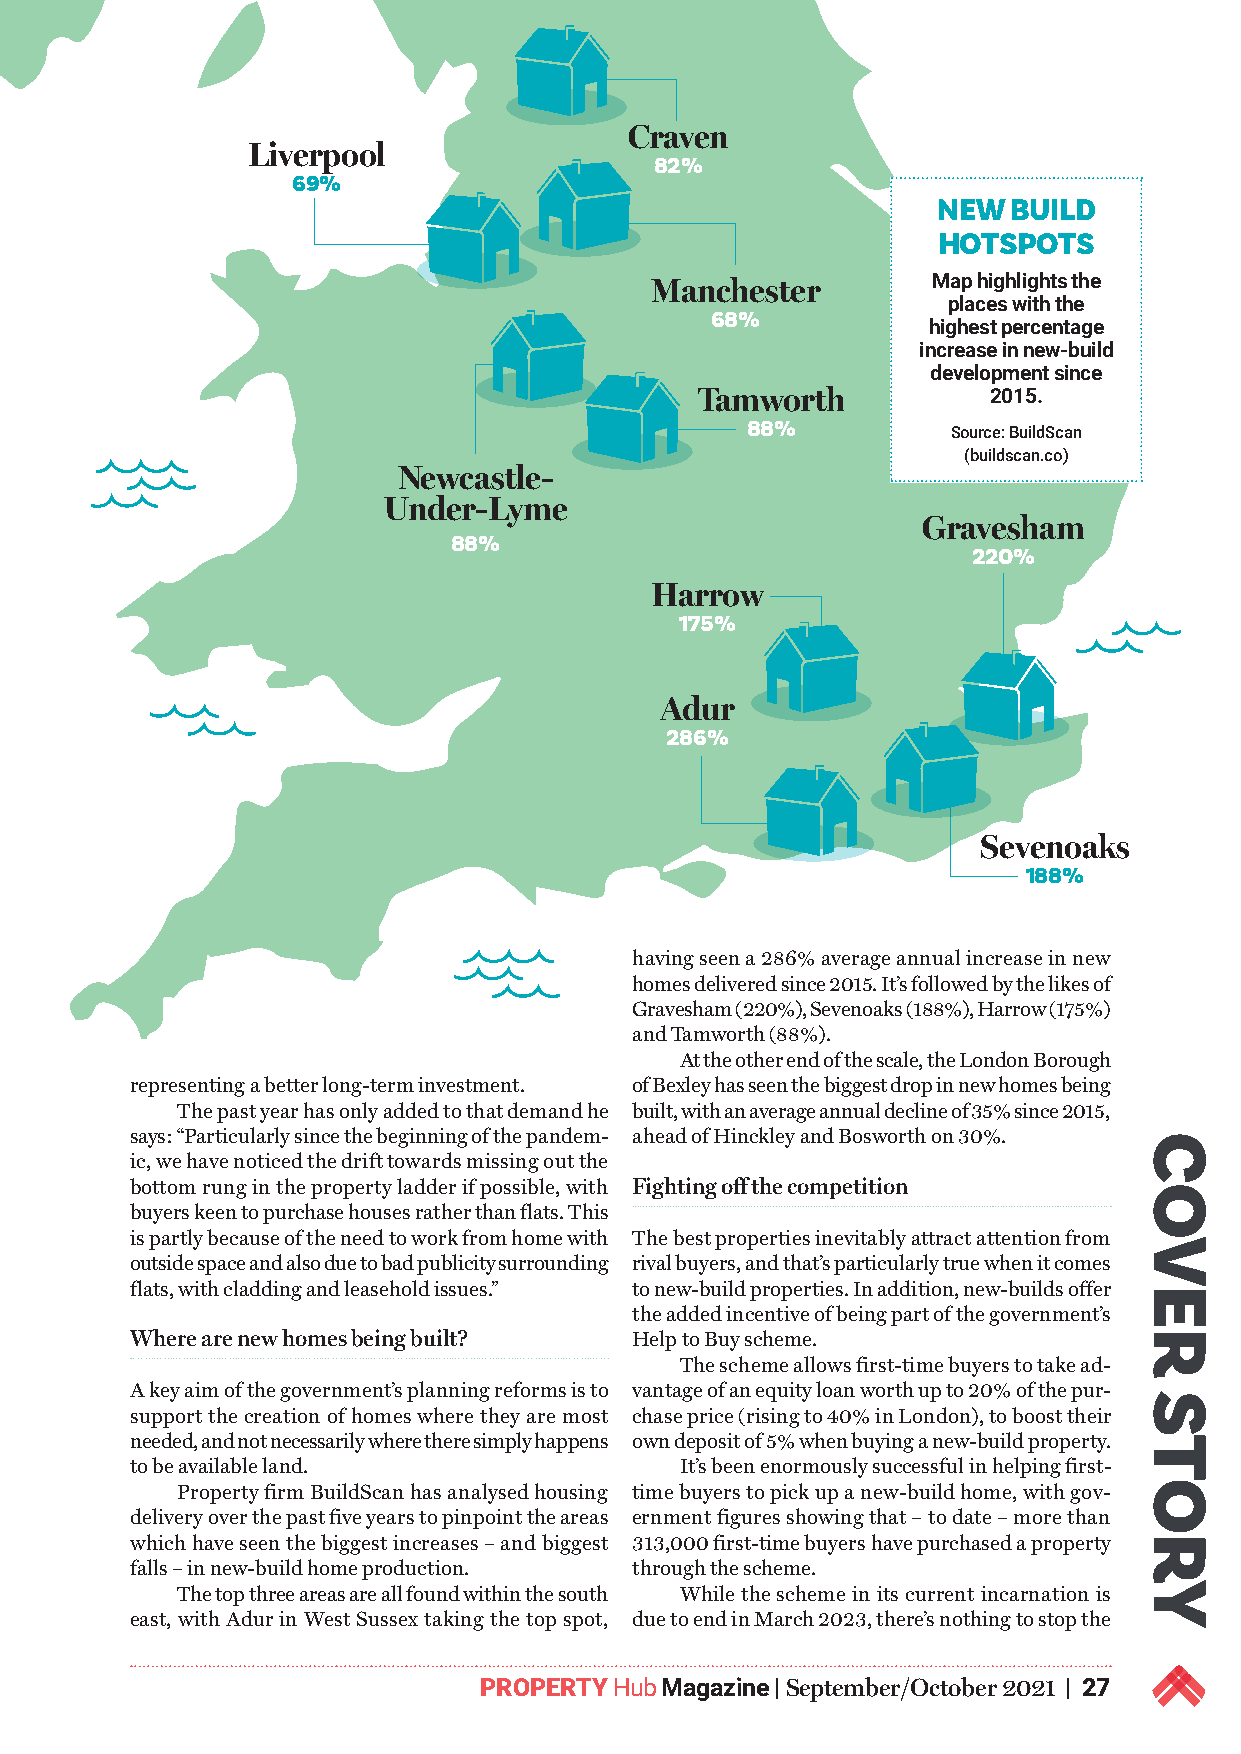
Craven
 Liverpool
 82%
 69%
 NEW  BUILD
 HOTSPOTS
 Manchester         Map highlights the
 places with the
 68%
 highest percentage
 increase in new-build
 development since
 Tamworth            2015.
 88%           Source: BuildScan
 (buildscan.co)
 Newcastle-
 Under-Lyme
 Gravesham
 88%
 220%
 Harrow
 175%
 Adur
 286%
 Sevenoaks
 188%
 having seen a 286% average annual increase in new
 homes delivered since 2015. It’s followed by the likes of
 Gravesham (220%), Sevenoaks (188%), Harrow (175%)
 and Tamworth (88%).
 At the other end of the scale, the London Borough
 representing a better long-term investment. of Bexley has seen the biggest drop in new homes being
 The past year has only added to that demand he built, with an average annual decline of 35% since 2015,
 says: “Particularly since the beginning of the pandem- ahead of Hinckley and Bosworth on 30%.
 ic, we have noticed the drift towards missing out the
 bottom rung in the property ladder if possible, with Fighting off the competition
 buyers keen to purchase houses rather than flats. This
 is partly because of the need to work from home with The best properties inevitably attract attention from
 outside space and also due to bad publicity surrounding rival buyers, and that’s particularly true when it comes
 flats, with cladding and leasehold issues.” to new-build properties. In addition, new-builds offer
 the added incentive of being part of the government’s
 Where are new homes being built? Help to Buy scheme.
 The scheme allows first-time buyers to take ad-
 A key aim of the government’s planning reforms is to vantage of an equity loan worth up to 20% of the pur-
 support the creation of homes where they are most chase price (rising to 40% in London), to boost their
 needed, and not necessarily where there simply happens own deposit of 5% when buying a new-build property.
 to be available land.               It’s been enormously successful in helping first-
 Property firm BuildScan has analysed housing time buyers to pick up a new-build home, with gov-
 delivery over the past five years to pinpoint the areas ernment figures showing that – to date – more than
 which have seen the biggest increases – and biggest 313,000 first-time buyers have purchased a property
 falls – in new-build home production. through the scheme.
 The top three areas are all found within the south While the scheme in its current incarnation is
 east, with Adur in West Sussex taking the top spot, due to end in March 2023, there’s nothing to stop the
 PROPERTY Hub Magazine | September/October 2021 | 27
 COVER
 STORY